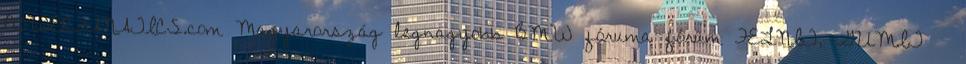
POWERFANATICS.com Magyarország legnagyobb BMW fóruma fórum FELNIT, GUMIT